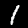
Label: 1